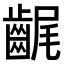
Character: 𪘣